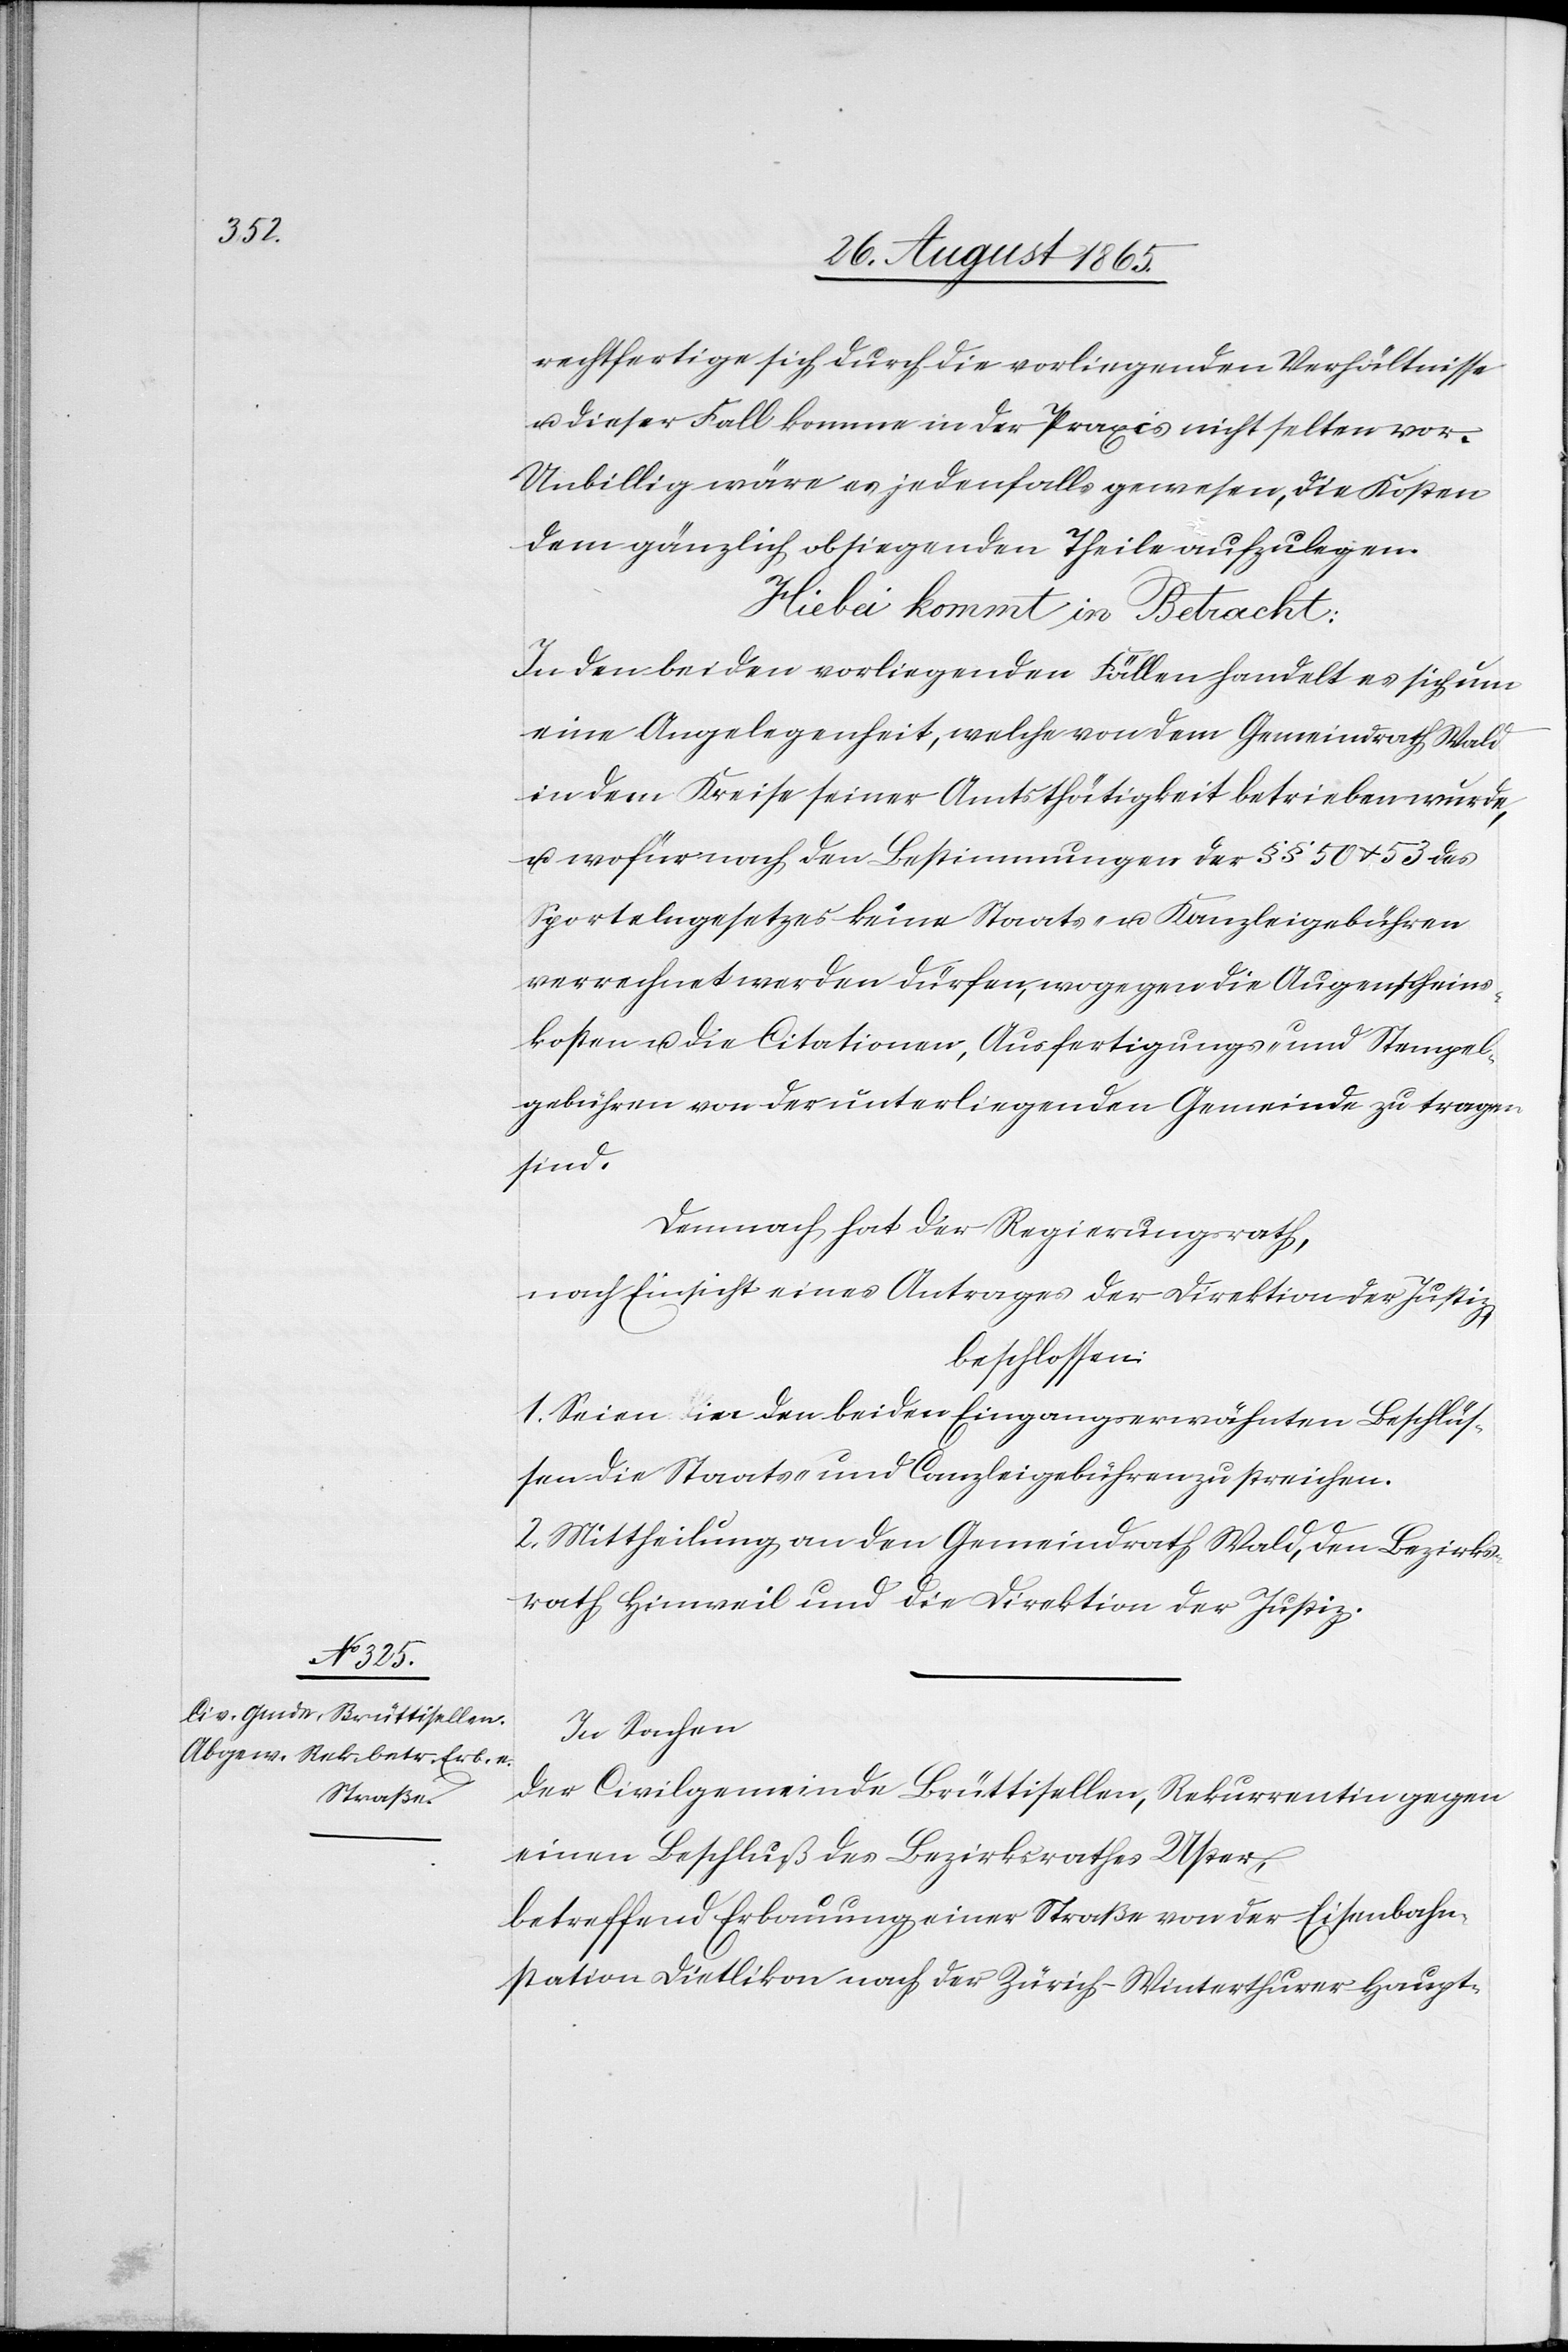
rechtfertige sich durch die vorliegenden Verhältnisse
u. dieser Fall komme in der Praxis nicht selten vor.
Unbillig wäre es jedenfalls gewesen, die Kosten
dem gänzlich obsiegenden Theile aufzulegen.
Hiebei kommt in Betracht:
In den beiden vorliegenden Fällen handelt es sich um
eine Angelegenheit, welche von dem Gemeindrath Wald
in dem Kreise seiner Amtsthätigkeit betrieben wurde,
u. wofür nach den Bestimmungen der § § 50 u. 53 des
Sportelngesetzes keine Staats- u. Kanzleigebühren
verrechnet werden dürfen, wogegen die Augenscheins¬
kosten u. die Citationen, Ausfertigungs- und Stempel¬
gebühren von der unterliegenden Gemeinde zu tragen
sind.
Demnach hat der Regierungsrath,
nach Einsicht eines Antrages der Direktion der Justiz,
beschlossen:
1. Seien in den beiden Eingangs erwähnten Beschlüs¬
sen die Staats- und Canzleigebühren zu streichen.
2. Mittheilung an den Gemeindrath Wald, den Bezirks¬
rath Hinweil und die Direktion der Justiz.
In Sachen
der Civilgemeinde Brüttisellen, Rekurrentin gegen
einen Beschluß des Bezirksrathes Uster,
betreffend Erbauung einer Straße von der Eisenbahn¬
station Dietlikon nach der Zürich–Winterthurer Haupt-